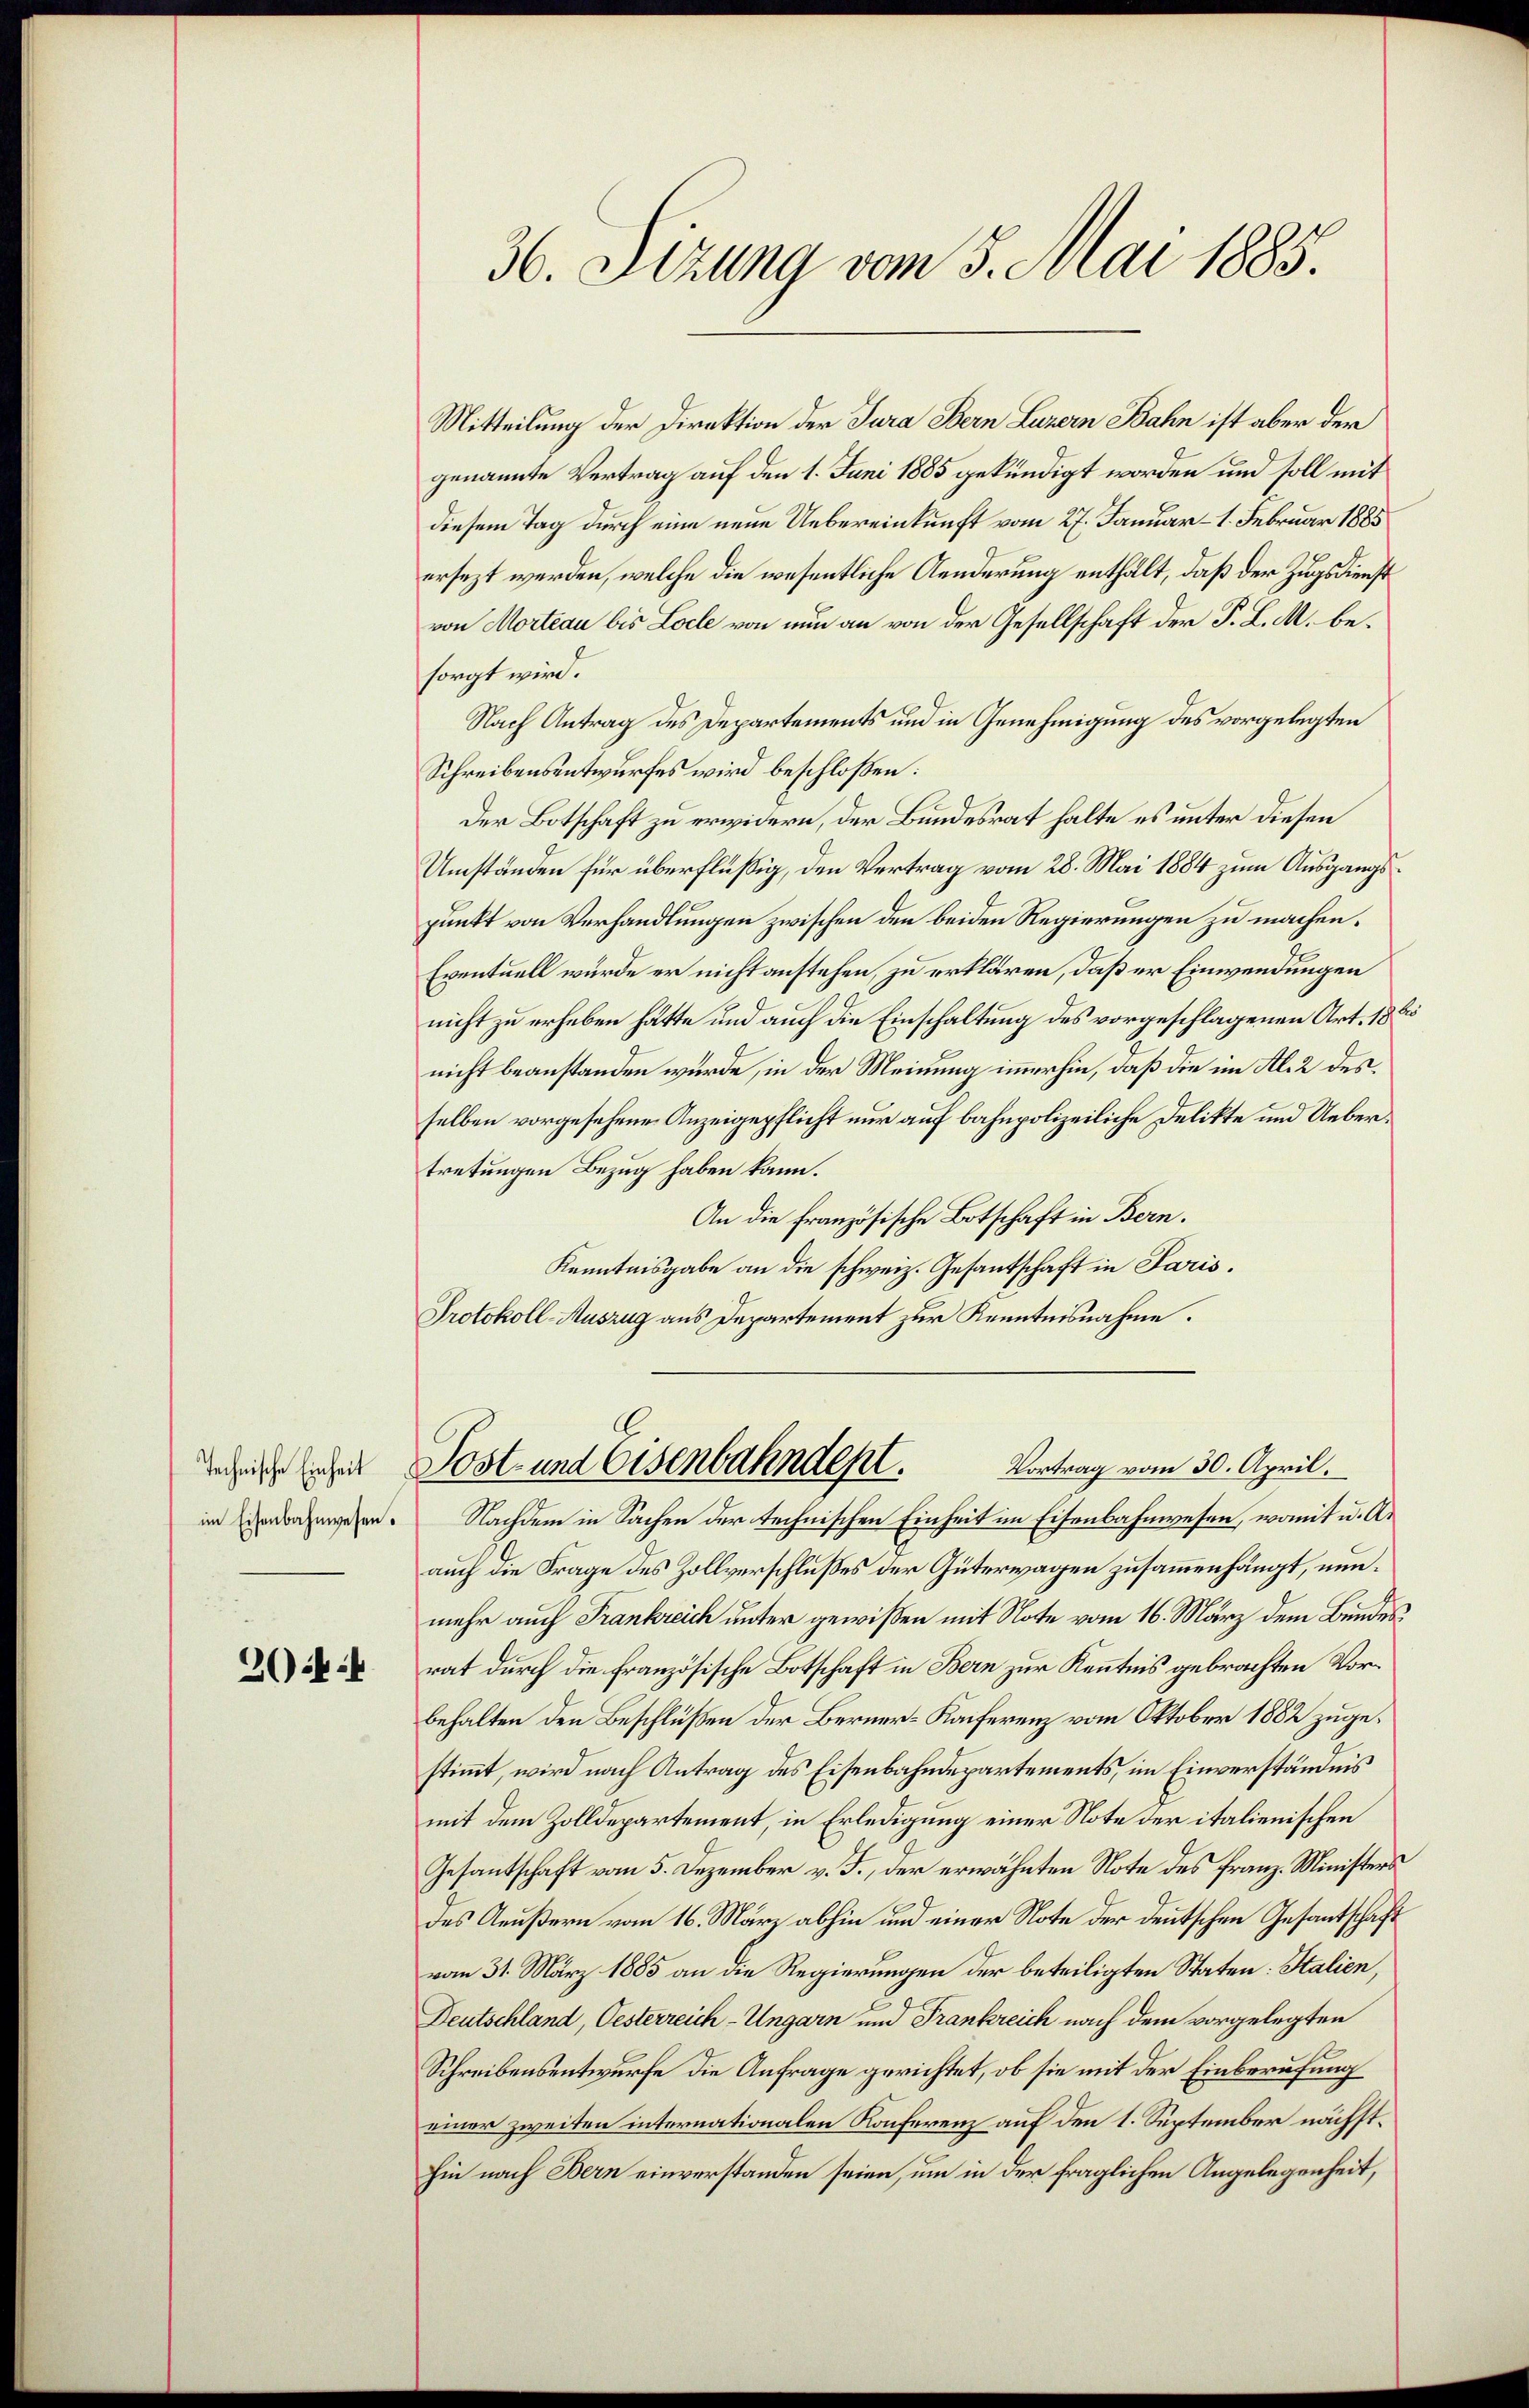
im Eisenbahnwesen.

2044

Mitteilung der Direktion der Jura Bern Luzern Bahn ist aber der
genannte Vertrag auf den 1. Juni 1885 gekündigt worden und soll mit
diesem Tag durch eine neue Uebereinkunft vom 27. Januar – 1. Februar 1885
ersezt werden, welche die wesentliche Aenderung enthält, daß der Zugsdienst
von Morteau bis Loche von nun an von der Gesellschaft der P. L. M. besorgt wird.
Nach Antrag des Departements und in Genehmigung des vorgelegten
Schreibensentwurfes wird beschloßen:
Der Botschaft zu erwidern, der Bundesrat halte es unter diesen
Umständen für überflüßig, den Vertrag vom 28. Mai 1884 zum Ausgangspunkt von Verhandlungen zwischen den beiden Regierungen zu machen.
Eventuell würde er nicht anstehen, zu erklären, daß er Einwendungen
nicht zu erheben hätte und auch die Einschaltung des vorgeschlagenen Art. 18 bis
nicht beanstanden wurde, in der Meinung immerhin, daß die im Al. 2 desselben vorgesehene Anzeigepflicht nur auf bahnpolizeiliche Delikte und Uebertretungen Bezug haben kann.
An die französische Botschaft in Bern.
Kenntnisgabe an die schweiz. Gesantschaft in Paris.
Protokoll-Auszug aus Departement zur Kenntnisnahme.

36. Sizung vom 5. Mai 1885.

Vortrag vom 30. April.
dees eher Post- und Eisenbahndept.

Nachdem in Sachen der technischen Einheit im Eisenbahnwesen, womit u. Ar
auch die Frage des Zollverschlußes der Güterwagen zusammenhängt, nunmehr auch Frankreich unter gewißen mit Note vom 16. März dem Bundesrat durch die Französische Botschaft in Bern zur Kenntnis gebrachten Vorbehalten den Beschlüßen der Berner-Kaiferenz vom Oktober 1882 zugestimmt, wird nach Antrag des Eisenbahndepartements, im Einverständnis
mit dem Zolldepartement, in Erledigung einer Note der italienischen
Gesandtschaft vom 5. Dezember v. J., der erwähnten Note des Franz-Ministers
des Aeußern vom 16. März abhin und einer Note der deutschen Gesantschaft
vom 31. März 1885 an die Regierungen der beteiligten Staten: Stalien,
Deutschland, Oesterreich-Ungarn und Frankreich nach dem vorgelegten
Schreibensentwurfe die Anfrage gerichtet, ob sie mit der Einberufung
einer zweiten internationalen Konferenz auf den 1. September nächsthin nach Bern einverstanden seien, um in der fraglichen Angelegenheit,